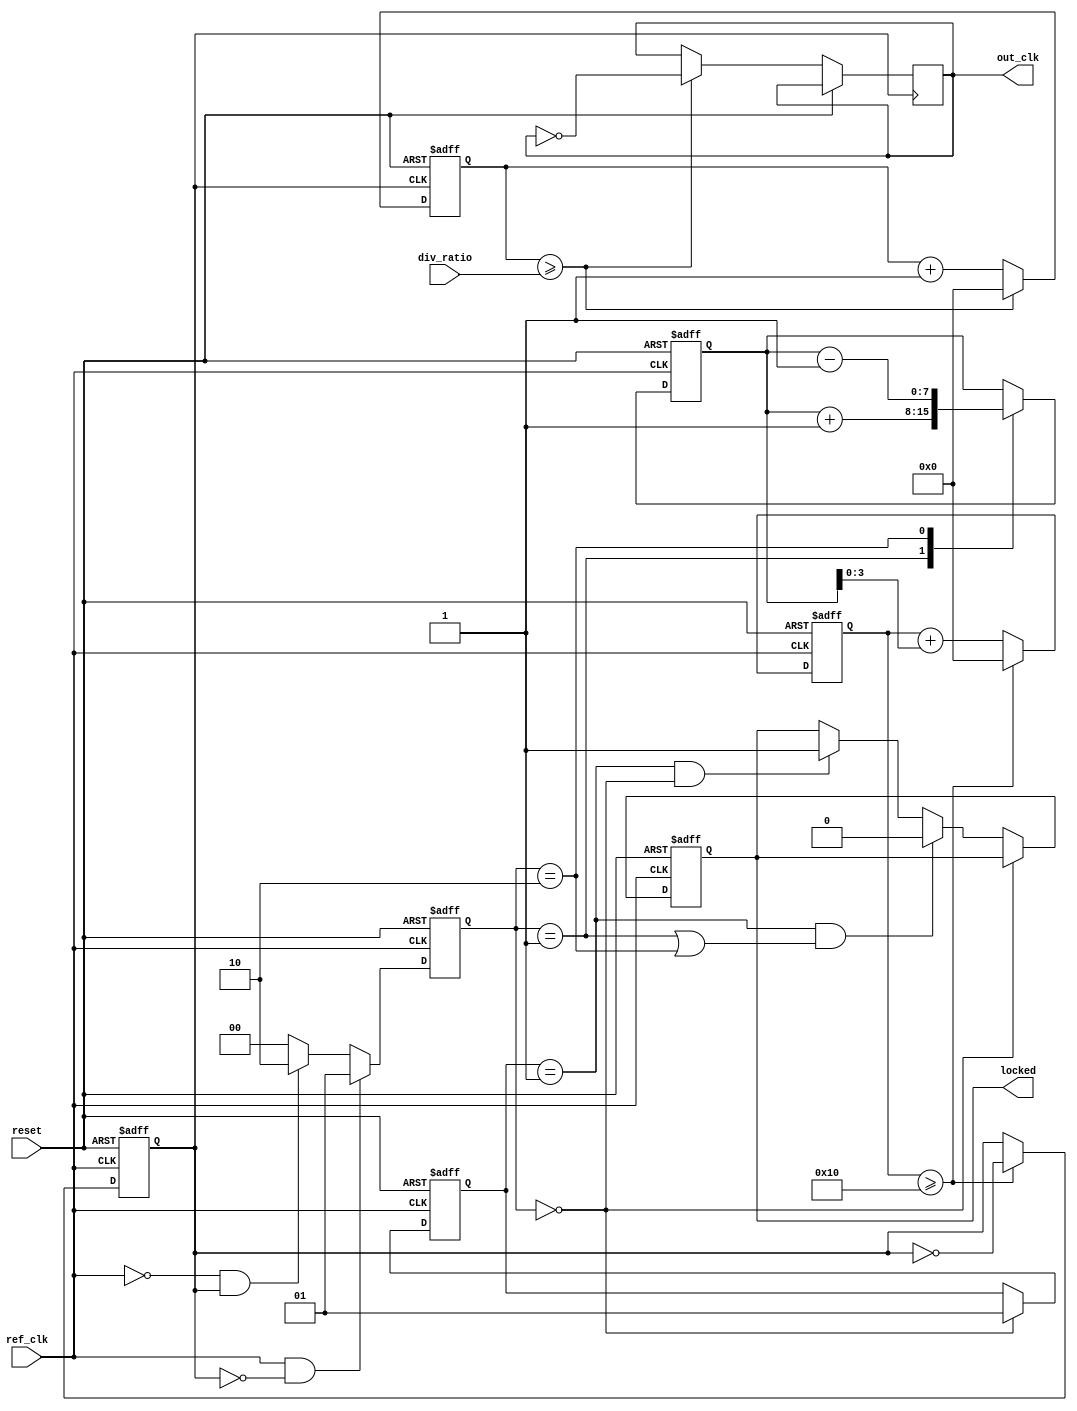
module pll (
    input wire ref_clk,        // Reference clock input
    input wire reset,          // Reset signal
    input wire [3:0] div_ratio, // Division ratio for feedback divider
    output reg out_clk,        // Output clock signal
    output reg locked          // Lock status indicator
);

    // Internal signals
    reg [1:0] pfd_out;         // Phase frequency detector output (00: Idle, 01: UP, 10: DOWN)
    reg [7:0] control_voltage; // Control voltage for VCO
    reg [3:0] feedback_div;    // Feedback divider output
    reg [3:0] vco_counter;     // VCO counter
    reg vco_clk;               // VCO output clock
    reg [1:0] state;           // Lock detection state

    // Phase Frequency Detector (PFD)
    always @(posedge ref_clk or posedge reset) begin
        if (reset) begin
            pfd_out <= 2'b00; // Reset PFD output
        end else begin
            // PFD logic to compare ref_clk and vco_clk
            if (ref_clk && !vco_clk)
                pfd_out <= 2'b01; // UP
            else if (!ref_clk && vco_clk)
                pfd_out <= 2'b10; // DOWN
            else
                pfd_out <= 2'b00; // Idle
        end
    end

    // Charge Pump
    always @(posedge ref_clk or posedge reset) begin
        if (reset) begin
            control_voltage <= 8'b00000000; // Reset control voltage
        end else begin
            case (pfd_out)
                2'b01: control_voltage <= control_voltage + 1; // UP
                2'b10: control_voltage <= control_voltage - 1; // DOWN
                default: control_voltage <= control_voltage; // Idle
            endcase
        end
    end

    // Voltage-Controlled Oscillator (VCO)
    always @(posedge ref_clk or posedge reset) begin
        if (reset) begin
            vco_counter <= 4'b0000;
            vco_clk <= 0;
        end else begin
            // VCO frequency determined by control voltage
            vco_counter <= vco_counter + control_voltage[3:0]; // Example control logic
            if (vco_counter >= 16) begin
                vco_clk <= ~vco_clk; // Toggle VCO clock
                vco_counter <= 0;
            end
        end
    end

    // Feedback Divider
    always @(posedge vco_clk or posedge reset) begin
        if (reset) begin
            feedback_div <= 0;
        end else begin
            feedback_div <= feedback_div + 1;
            if (feedback_div >= div_ratio) begin
                feedback_div <= 0;
                out_clk <= ~out_clk; // Toggle output clock
            end
        end
    end

    // Lock Detection Logic
    always @(posedge ref_clk or posedge reset) begin
        if (reset) begin
            locked <= 0;
            state <= 2'b00; // Idle state
        end else begin
            if (pfd_out == 2'b00) begin
                state <= 2'b01; // Assume locked if no UP or DOWN
            end else if (state == 2'b01 && (pfd_out == 2'b01 || pfd_out == 2'b10)) begin
                locked <= 0; // Not locked
            end else if (state == 2'b01 && pfd_out == 2'b00) begin
                locked <= 1; // Locked
            end
        end
    end
endmodule